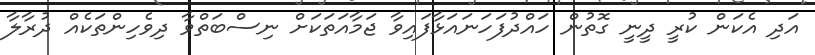
އަދި އެކަން ކުރީ ދީނީ ގޮތުން ހައްދުފަހަނައަޅާފައިވާ ޖަމާއަތަކަށް ނިސްބަތްވާ ދިވެހިންތަކެއް ދުރާލާ